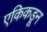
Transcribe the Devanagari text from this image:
एकिकडून